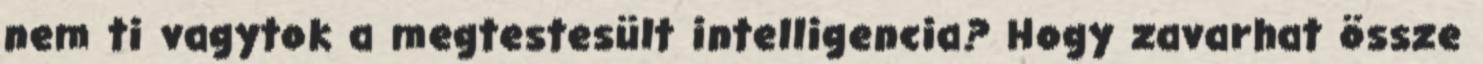
nem ti vagytok a megtestesült intelligencia? Hogy zavarhat össze